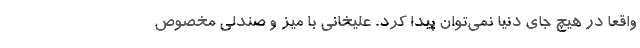
واقعا در هیچ جای دنیا نمی‌توان پیدا کرد. علیخانی با میز و صندلی مخصوص